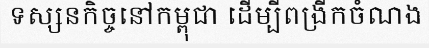
ទស្សនកិច្ចនៅកម្ពុជា ដើម្បីពង្រីកចំណង